Structure of Hæmatopota pluvialis (Meigen) - Number 55
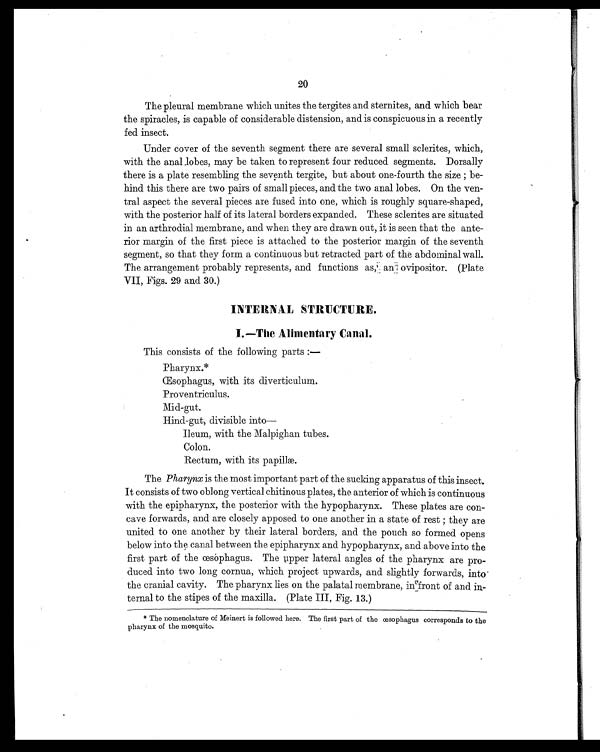
20
The pleural membrane which unites the tergites and sternites, and which bear
the spiracles, is capable of considerable distension, and is conspicuous in a recently
fed insect.
Under cover of the seventh segment there are several small sclerites, which,
with the anal lobes, may be taken to represent four reduced segments. Dorsally
there is a plate resembling the seventh tergite, but about one-fourth the size; be-
hind this there are two pairs of small pieces, and the two anal lobes. On the ven-
tral aspect the several pieces are fused into one, which is roughly square-shaped,
with the posterior half of its lateral borders expanded. These sclerites are situated
in an arthrodial membrane, and when they are drawn out, it is seen that the ante-
rior margin of the first piece is attached to the posterior margin of the seventh
segment, so that they form a continuous but retracted part of the abdominal wall.
The arrangement probably represents, and functions as, an ovipositor. (Plate
VII, Figs. 29 and 30.)
INTERNAL STRUCTURE.
I.—The Alimentary Canal.
This consists of the following parts:—
Pharynx.*
Œ s o p h a g u s , w i t h i t s d i v e r t i c u l u m .
Proventriculus.
Mid-gut.
Hind-gut, divisible into—
I l e u m, wi t h t h e Ma l p i g h a n t u b e s .
Colon.
Rectum, with its papillæ.
The Pharynx is the most important part of the sucking apparatus of this insect.
It consists of two oblong vertical chitinous plates, the anterior of which is continuous
with the epipharynx, the posterior with the hypopharynx. These plates are con-
cave forwards, and are closely apposed to one another in a state of rest; they are
united to one another by their lateral borders, and the pouch so formed opens
below into the canal between the epipharynx and hypopharynx, and above into the
first part of the œsophagus. The upper lateral angles of the pharynx are pro-
duced into two long cornua, which project upwards, and slightly forwards, into
the cranial cavity. The pharynx lies on the palatal membrane, in front of and in-
ternal to the stipes of the maxilla. (Plate III, Fig. 13.)
* The nomenclature of Meinert is followed here. The first part of the œsophagus corresponds to the
pharynx of the mosquito.